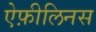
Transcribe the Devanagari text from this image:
ऐफ़ीलिनस